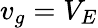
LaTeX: v_{g}=V_{E}